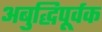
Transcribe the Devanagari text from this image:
अबुद्धिपूर्वक